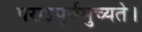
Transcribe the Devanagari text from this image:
पराऽपूर्वमुच्यते।